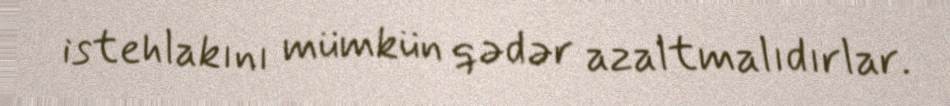
istehlakını mümkün qədər azaltmalıdırlar.